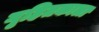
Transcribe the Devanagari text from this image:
गृहितकाला